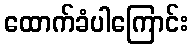
ထောက်ခံပါကြောင်း